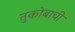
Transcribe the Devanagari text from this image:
तुकोबाची